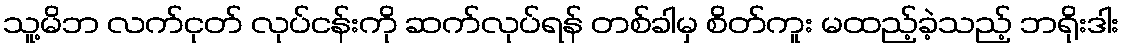
သူ့မိဘ လက်ငုတ် လုပ်ငန်းကို ဆက်လုပ်ရန် တစ်ခါမှ စိတ်ကူး မထည့်ခဲ့သည့် ဘရိုးဒါး